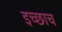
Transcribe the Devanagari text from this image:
इच्छाच